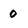
Character: 0